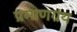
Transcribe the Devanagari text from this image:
प्रमाणग्रंथ